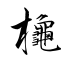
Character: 櫷